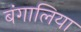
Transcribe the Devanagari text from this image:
बंगालिया